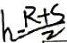
h = \frac { R + S } { 2 }